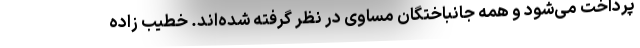
پرداخت می‌شود و همه جانباختگان مساوی در نظر گرفته شده‌اند. خطیب زاده